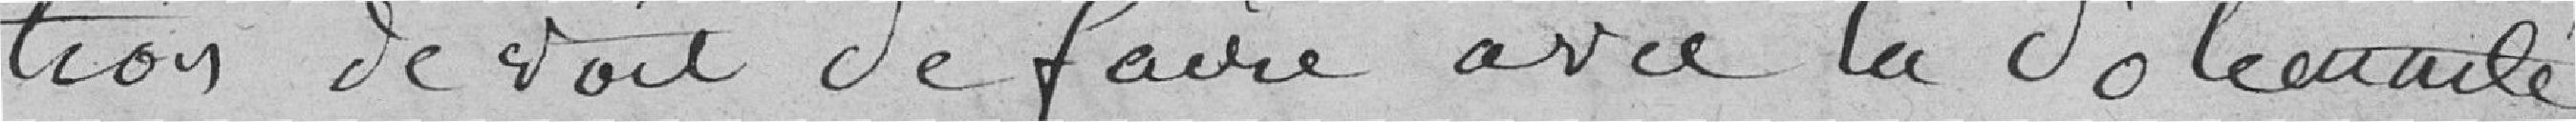
tion de voit de faire avec la Solennité